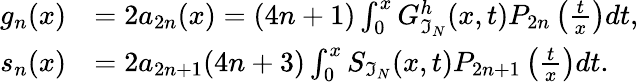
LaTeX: \begin{array}{rl}{g_{n}(x)}&{=2a_{2n}(x)=(4n+1)\int_{0}^{x}G_{\mathfrak{I}_{N}}^{h}(x,t)P_{2n}\left(\frac{t}{x}\right)dt,}\\ {s_{n}(x)}&{=2a_{2n+1}(4n+3)\int_{0}^{x}S_{\mathfrak{I}_{N}}(x,t)P_{2n+1}\left(\frac{t}{x}\right)dt.}\end{array}